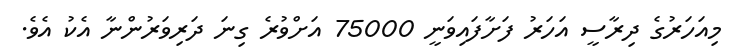
މިއަހަރުގެ ދިރާސީ އަހަރު ފަށާފައިވަނީ 75000 އަށްވުރެ ގިނަ ދަރިވަރުންނާ އެކު އެވެ.